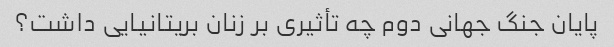
پایان جنگ جهانی دوم چه تأثیری بر زنان بریتانیایی داشت؟